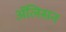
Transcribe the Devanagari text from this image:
अॅलिसन